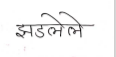
मजकूर: झडलेले